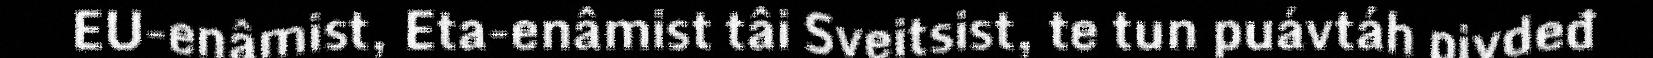
EU-enâmist, Eta-enâmist tâi Sveitsist, te tun puávtáh pivdeđ